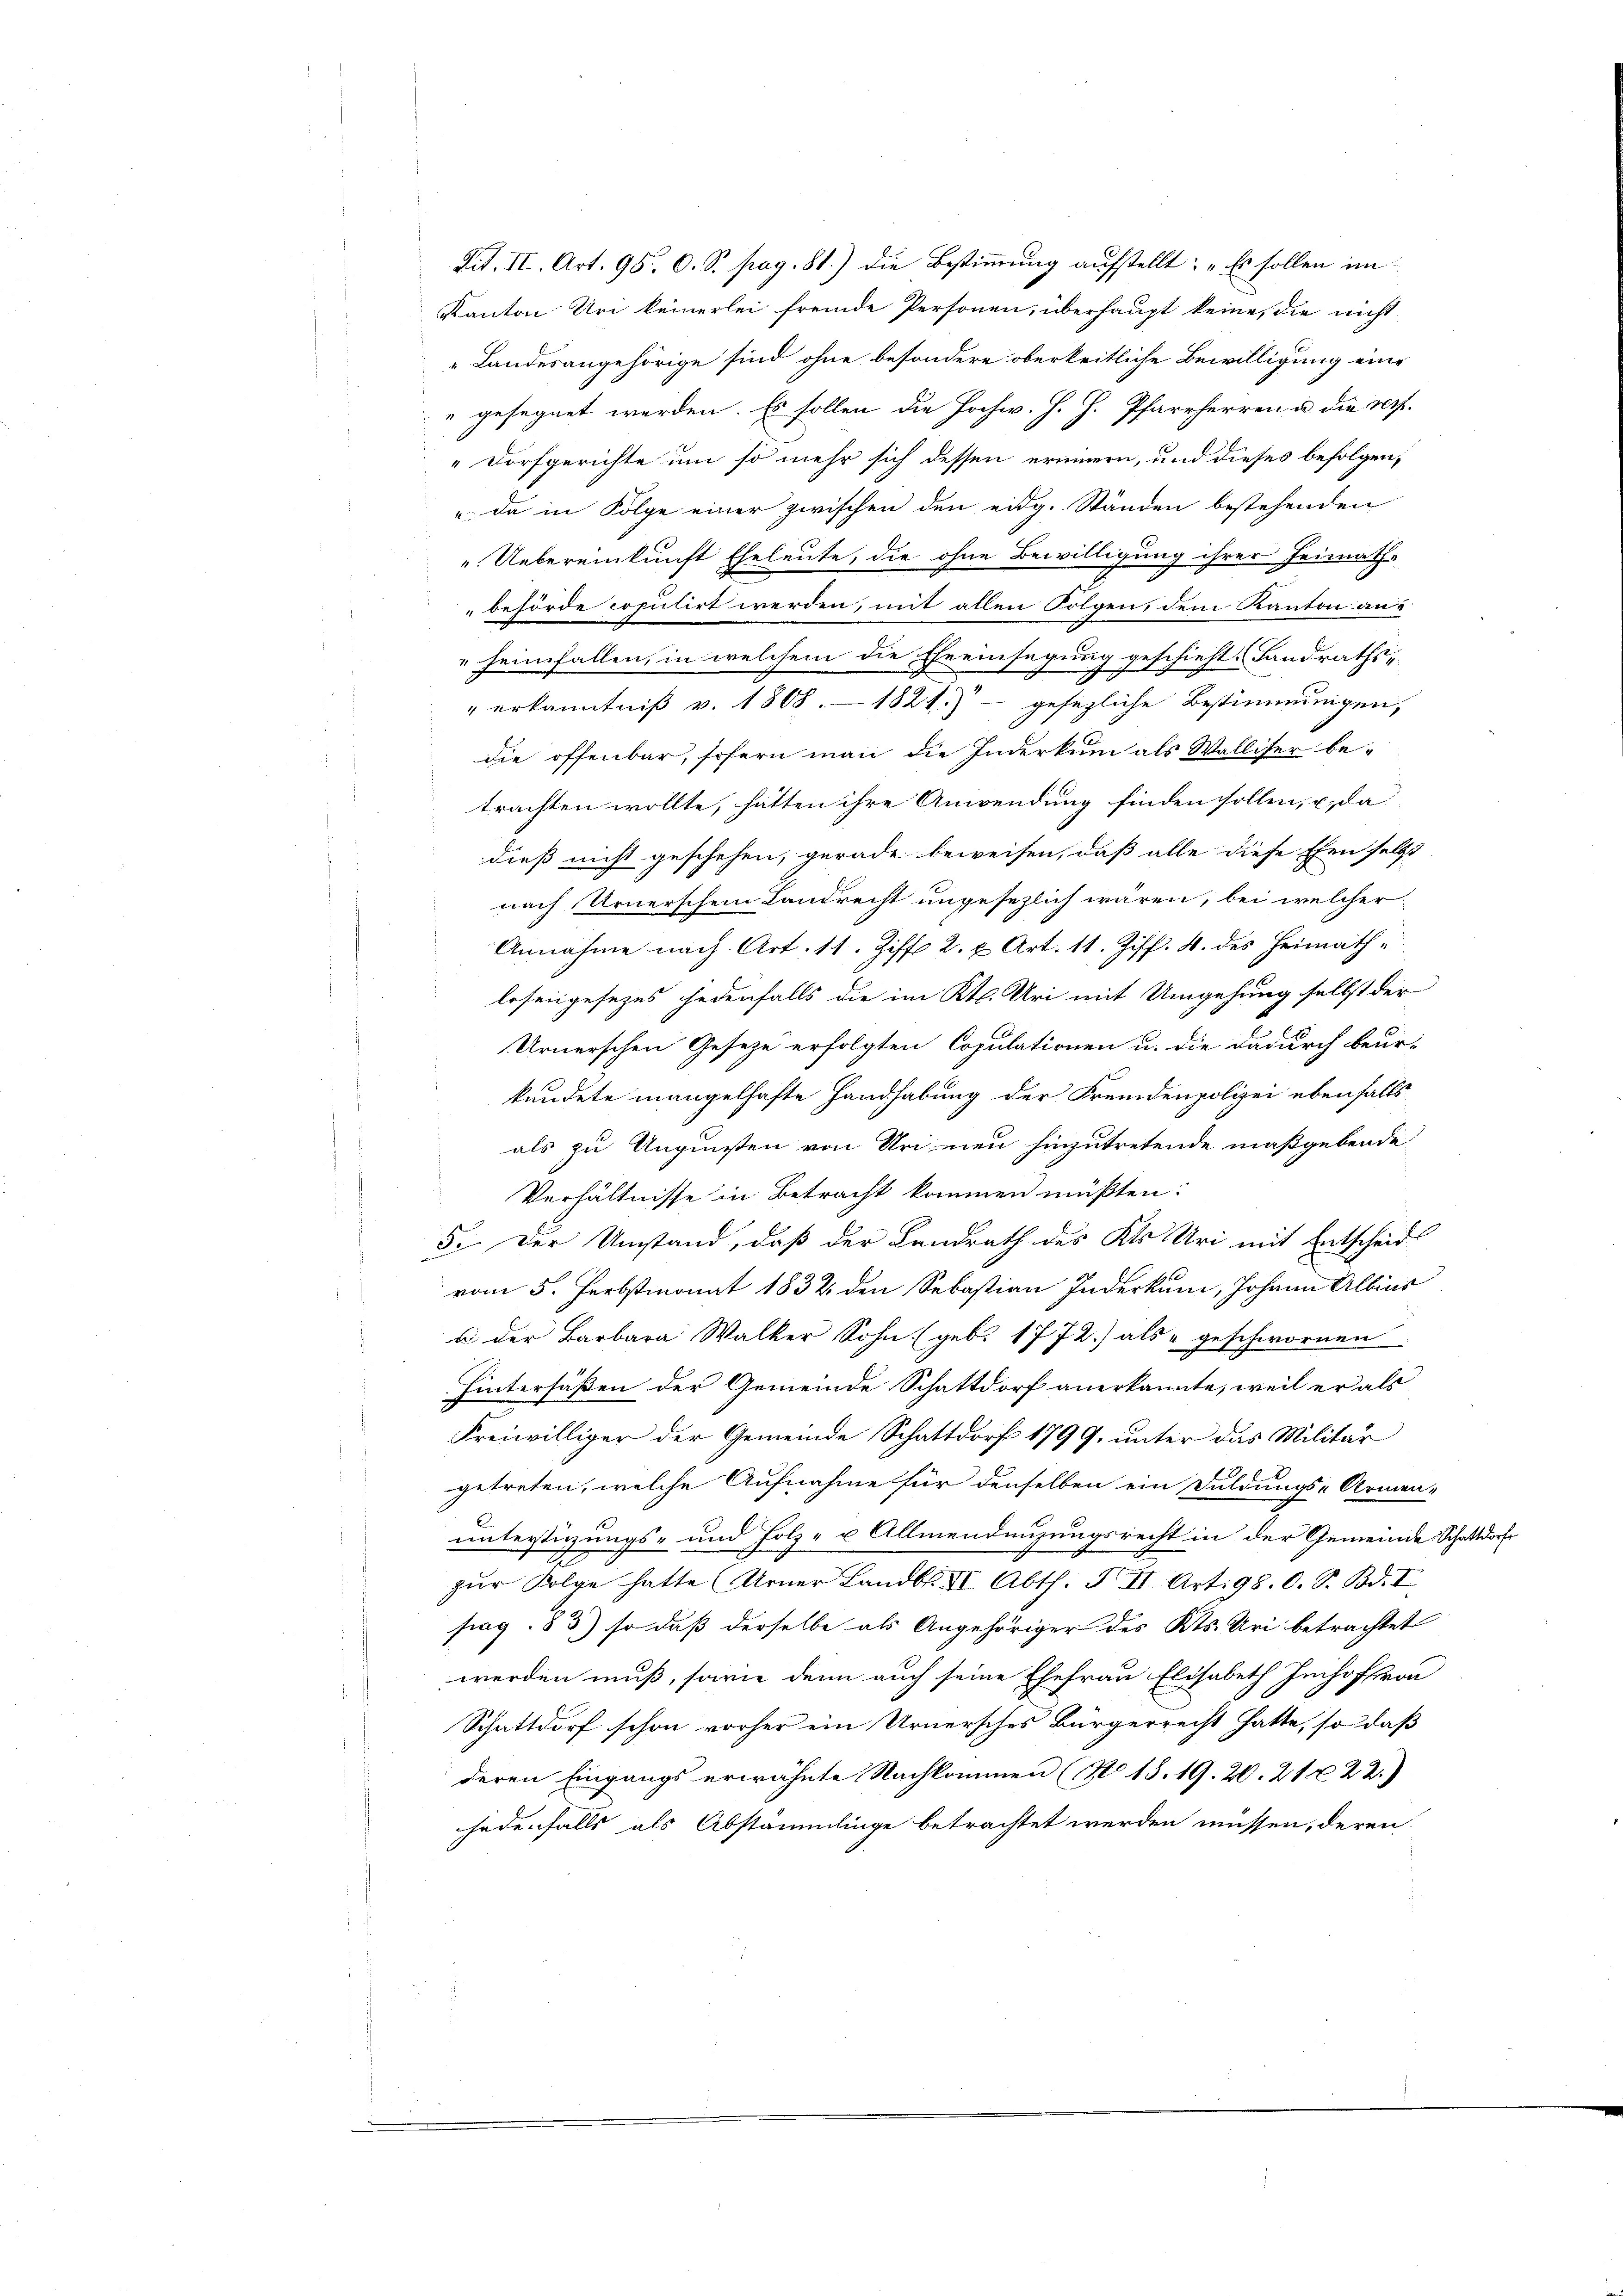
Tit. II. Art. 98. O. S. pag. 81.) die Bestimmung aufstellt: „Es sollen im
Kanton Uri keinerlei fremde Personen, überhaupt keine, die nicht
" Landesangehörige sind ohne besondere oberkeitliche Bewilligung eine
 gesegnet werden. Es sollen die Hochw. H. H. Pfarrherren u. die reih.
Dorfgerichte um so mehr sich dessen erinnern, und dieses befolgen,
 da in Folge einer zwischen den eidg. Ständen bestehenden
„Uebereinkunft Eheleute, die ohne Bewilligung ihrer Heimath-
behörde copulirt werden, mit allen Folgen, dem Kanton an¬
" heimfallen, in welchem die Eheeinsegung geschieht. Landraths-
" erkanntniß v. 1808. 1821.) gesezliche Bestimmungen,
die offenbar, sofern man die Inderkum als Walliser be-
trachten wollte, hätten ihre Anwendung finden sollen, u. da
dieß nicht geschehen, gerade beweisen, daß alle diese Ehen selbst
nach Urnerschein Landrecht ungesezlich wären, bei welcher
Annahme nach Art. 11. Ziff. 2. u. Art. 11. Ziff. 4. des Heimath¬
.
lesengesezes jedenfalls die im Kt. Uri mit Umgehung selbst der
Urnerschen Gesetze erfolgten Copulationen u. die dadurch beur-
kundete mangelhafte Handhabung der Fremdenpolizei ebenfalls
als zu Augusten von Uri neu hinzutretende maßgebende
Verhältnisse in Betracht kommen müßten:
5. Der Umstand, daß der Landrath des Kts. Uri mit Entscheid
vom 5. Ferbstmonat 1832 den Sebastian Inderkum, Johann Albins
u der Barbara Walker Sohn (geb. 1772) als „geschwornen
Hintersäßen der Gemeinde Schattdorf anerkannte, weil er als
Freiwilliger der Gemeinde Schattdorf 1799, unter das Militär
getreten, welche Aufnahme für denselben ein Duldungs-Armen-
unterstüzungs- und Folz- u Allmendenzungsrecht in der Gemeinde Schattdorf
zŭr Folge hatte Urner Landb. II. Abth. F. II. Art. 98. O. S. Bd. I
srag. 83) so daß derselbe als Angehöriger des Kts. Uri betrachtet
werden muß, sowie denn auch seine Ehefrau Elisabeth Imhoffran
Schattdorf schon vorher ein Urnersches Bürgerrecht hatte, so daß
deren Eingangs erwähnte Nachkommen (No 18. 19. 20. 21 x 2 2.)
jedenfalls als Abstämmlinge betrachtet werden müssen, deren